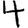
Digit: 4